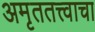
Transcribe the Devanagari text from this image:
अमृततत्त्वाचा